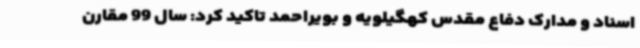
اسناد و مدارک دفاع مقدس کهگیلویه و بویراحمد تاکید کرد: سال 99 مقارن